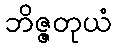
ဘိဇ္ဇတုယံ